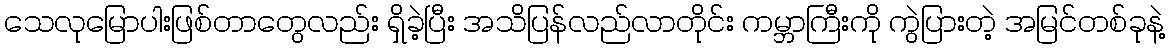
သေလုမြောပါးဖြစ်တာတွေလည်း ရှိခဲ့ပြီး အသိပြန်လည်လာတိုင်း ကမ္ဘာကြီးကို ကွဲပြားတဲ့ အမြင်တစ်ခုနဲ့